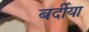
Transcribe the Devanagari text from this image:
बर्दीया